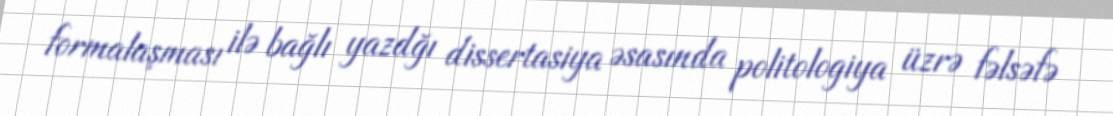
formalaşması ilə bağlı yazdğı dissertasiya əsasında politologiya üzrə fəlsəfə